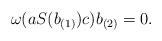
LaTeX: \begin{align*}\omega(aS(b_{(1)})c) b_{(2)} =0.\end{align*}